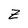
Character: Z